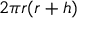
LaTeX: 2 \pi r ( r + h ) \,